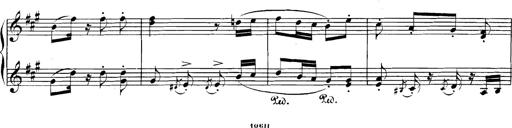
Title: Spinnerlied aus dem Fliegenden HollÃ¤nder
Composer: Franz Liszt